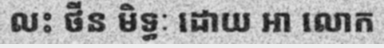
លះ ថីន មិទ្ធៈ ដោយ អា លោក